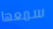
سمعها